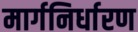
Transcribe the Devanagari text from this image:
मार्गनिर्धारण